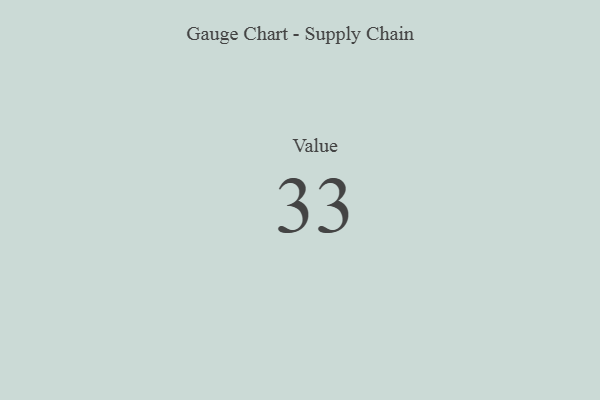
{"axis": {"x": "Metric", "y": "Value"}, "legend": [""], "data": [{"x": "Value", "y": 33, "type": ""}]}